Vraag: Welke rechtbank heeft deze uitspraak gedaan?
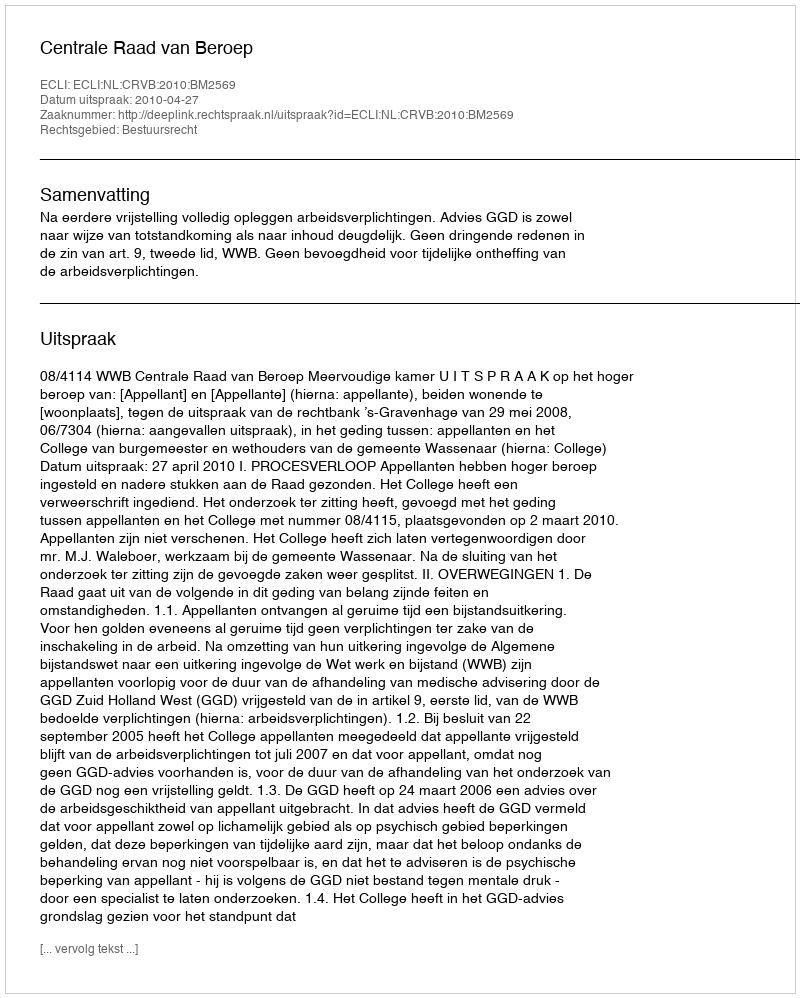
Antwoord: Centrale Raad van Beroep